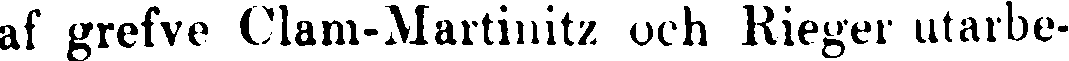
af grefve Clam-Martinitz och Rieger utarbe-